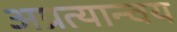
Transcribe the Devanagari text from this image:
अप्रत्यान्वय